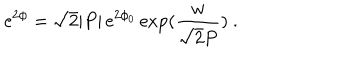
{ \mathrm { e } } ^ { 2 \phi } = \sqrt { 2 } | P | \, { \mathrm { e } } ^ { 2 \phi _ { 0 } } \, \mathrm { e x p } ( \frac { w } { \sqrt { 2 } P } ) \ .